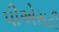
પીએસટી